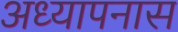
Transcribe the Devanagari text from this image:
अध्यापनास